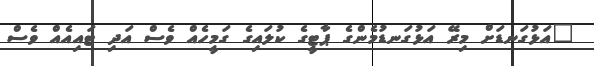
"އަޅުގަނޑަށް މިރޭ އަޅުގަނޑުމެންގެ ޕާޓީގެ ކުލައިގެ ގަމީހެއް ވެސް އަދި ޓައިއެއް ވެސް